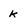
Character: k